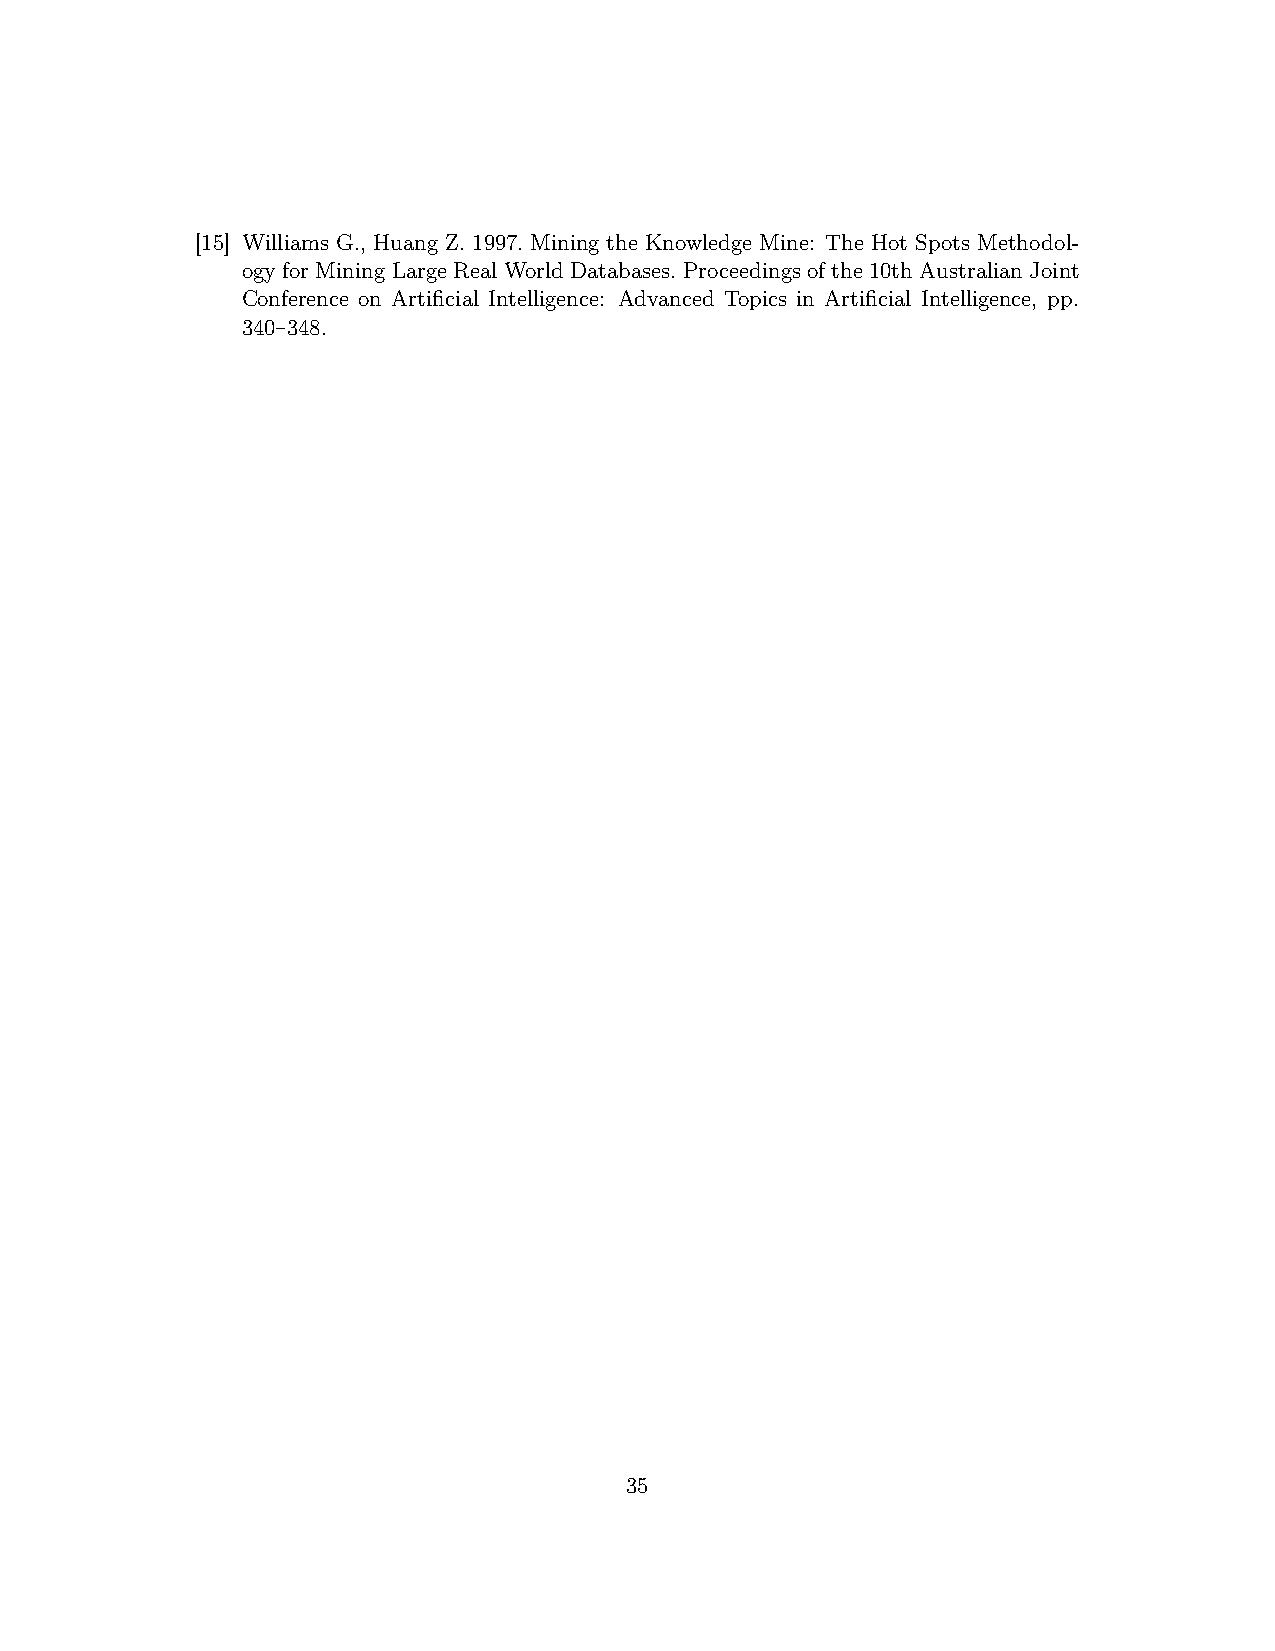
[15] Williams G., Huang Z. 1997. Mining the Knowledge Mine: The Hot Spots Methodol-
 ogy for Mining Large Real World Databases. Proceedings of the 10th Australian Joint
 Conference on Artificial Intelligence: Advanced Topics in Artificial Intelligence, pp.
 340–348.
 35